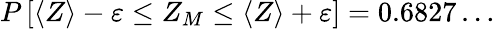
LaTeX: P\left[\langle Z\rangle-\varepsilon\le Z_{M}\le\langle Z\rangle+\varepsilon\right]=0.6827\dots